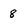
Character: 8